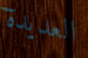
العديدة